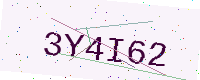
Text: 3Y4I62